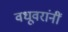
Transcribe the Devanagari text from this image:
वधूवरांनीं